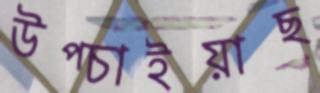
উপ্‌চাইয়াছ